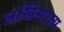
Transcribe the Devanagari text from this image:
लखिसराय